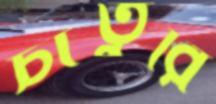
চাতুরি